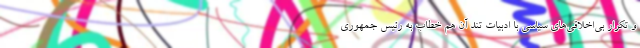
و تکرار بی‌اخلاقی‌های سیاسی با ادبیات تند آن هم خطاب به رئیس جمهوری